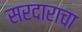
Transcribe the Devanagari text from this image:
सरदाराचा